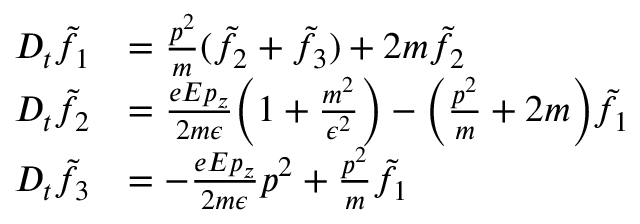
\begin{array} { r l } { D _ { t } \Tilde { f } _ { 1 } } & { = \frac { p ^ { 2 } } { m } ( \Tilde { f } _ { 2 } + \Tilde { f } _ { 3 } ) + 2 m \Tilde { f } _ { 2 } } \\ { D _ { t } \Tilde { f } _ { 2 } } & { = \frac { e E p _ { z } } { 2 m \epsilon } \Big ( 1 + \frac { m ^ { 2 } } { \epsilon ^ { 2 } } \Big ) - \Big ( \frac { p ^ { 2 } } { m } + 2 m \Big ) \Tilde { f } _ { 1 } } \\ { D _ { t } \Tilde { f } _ { 3 } } & { = - \frac { e E p _ { z } } { 2 m \epsilon } p ^ { 2 } + \frac { p ^ { 2 } } { m } \Tilde { f } _ { 1 } } \end{array}